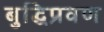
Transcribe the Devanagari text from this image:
बुद्धिप्रवण